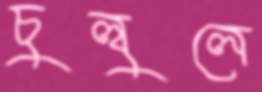
চুল্‌বুলে